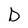
Character: D